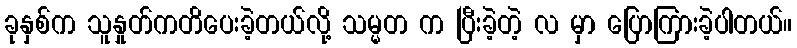
ခုနှစ်က သူနှုတ်ကတိပေးခဲ့တယ်လို့ သမ္မတ က ပြီးခဲ့တဲ့ လ မှာ ပြောကြားခဲ့ပါတယ်။